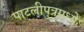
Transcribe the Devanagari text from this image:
पाटलीपुत्रमध्ये